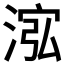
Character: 𱦽